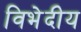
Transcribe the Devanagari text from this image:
विभेदीय